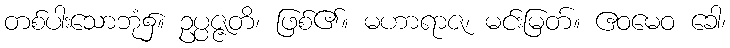
တစ်ပါးသောဘုံ၌။ ဥပ္ပဇ္ဇတိ၊ ဖြစ်၏။ မဟာရာဇ၊ မင်းမြတ်။ ဧဝမေဝ ခေါ၊